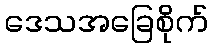
ဒေသအခြေစိုက်